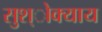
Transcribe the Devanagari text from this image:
सुश्ोक्याय